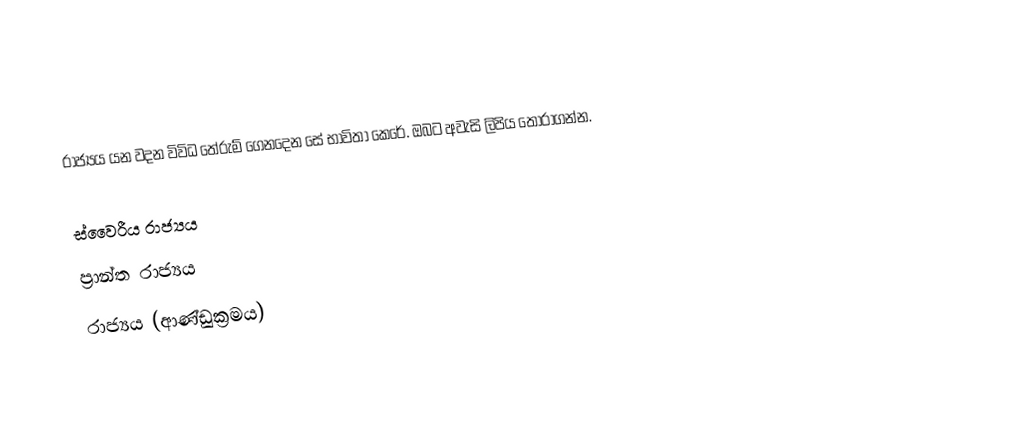
රාජ්‍යය යන වදන විවිධ තේරුම් ගෙනදෙන සේ භාවිතා කෙරේ. ඔබට අවැසි ලිපිය තෝරාගන්න.

 ස්වෛරීය රාජ්‍යය
 ප්‍රාන්ත රාජ්‍යය
 රාජ්‍යය (ආණ්ඩුක්‍රමය)